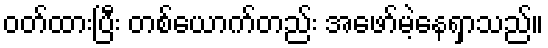
ဝတ်ထားပြီး တစ်ယောက်တည်း အဖော်မဲ့နေရှာသည်။